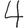
Digit: 4